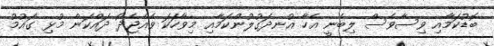
ބޮޑުކަމާއި ވިސާވެސް ލިބެނީ އެހާ އުނދަގުލުންކަމާއި މިވާހަކަ ވެއްޖެދޯ ދައްކަން މުޅި ގައުމު